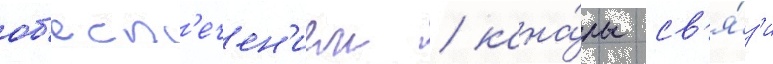
об'есп'ечен'ием / кана́лы св'я́з'и